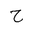
Letter: _ha